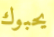
يحبوك